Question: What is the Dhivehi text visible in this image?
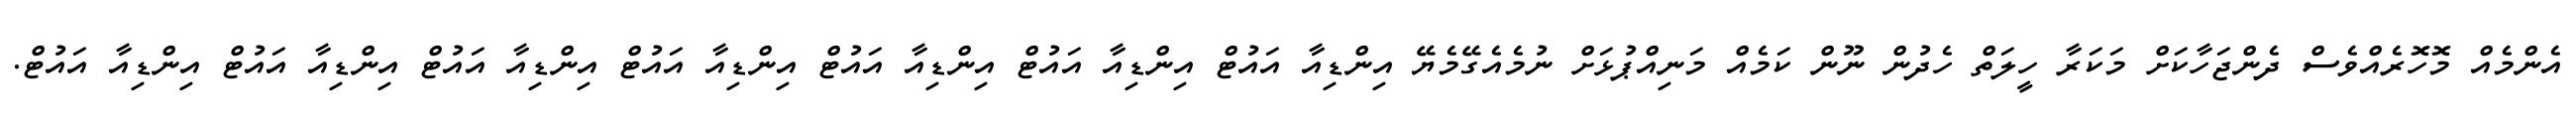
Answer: އެންމެއް މޮހޮރެއްވެސް ދެންޖަހާކަށް މަކަރާ ހީލަތް ހެދުން ނޫން ކަމެއް މަނިއްޕުޅަށް ނުމެއެގޭމެޔޭ އިންޑިއާ އައުޓް އިންޑިއާ އައުޓް އިންޑިއާ އައުޓް އިންޑިއާ އައުޓް އިންޑިއާ އައުޓް އިންޑިއާ އައުޓް އިންޑިއާ އައުޓް.